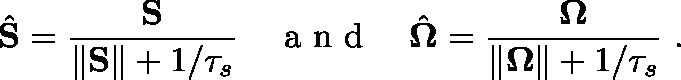
\hat { \mathbf { S } } = \frac { \mathbf { S } } { \| \mathbf { S } \| + 1 / \tau _ { s } } \quad \mathrm { ~ a ~ n ~ d ~ } \quad \hat { \mathbf { \Omega } } = \frac { \mathbf { \Omega } } { \| \mathbf { \Omega } \| + 1 / \tau _ { s } } \mathrm { ~ . ~ }